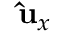
\mathbf { \hat { u } } _ { x }